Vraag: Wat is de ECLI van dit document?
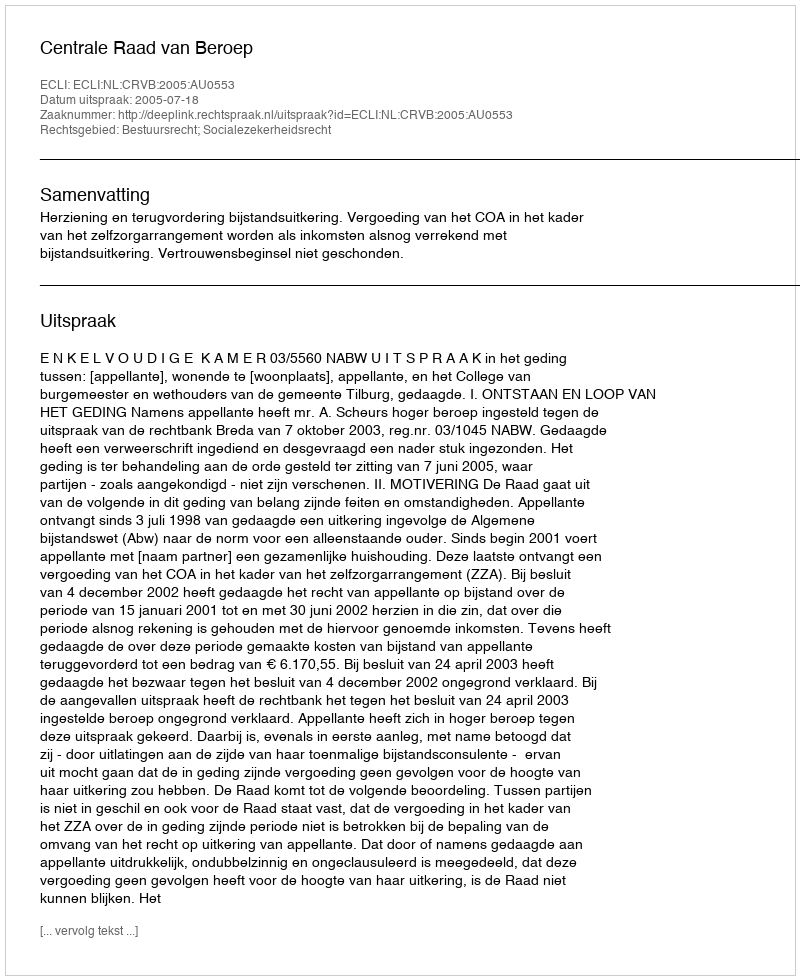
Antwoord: ECLI:NL:CRVB:2005:AU0553